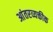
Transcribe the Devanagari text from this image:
आंतरव्यक्तीक